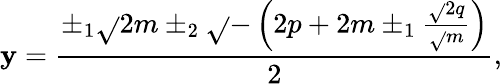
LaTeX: \mathbf{y}={\frac{{\pm_{1}{\sqrt{}{{2m}}}\pm_{2}{\sqrt{}{{-\left(2p+2m\pm_{1}{\frac{{{\sqrt{}{{2}}}q}}{{\sqrt{}{{m}}}}}\right)}}}}}{{2}}},